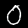
Digit: 0